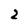
Character: 2